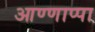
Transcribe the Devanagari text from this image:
आण्णाप्पा